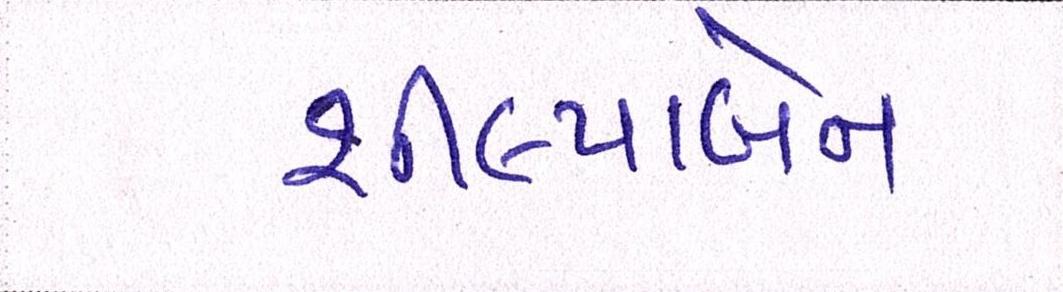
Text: શીલ્પાબેન